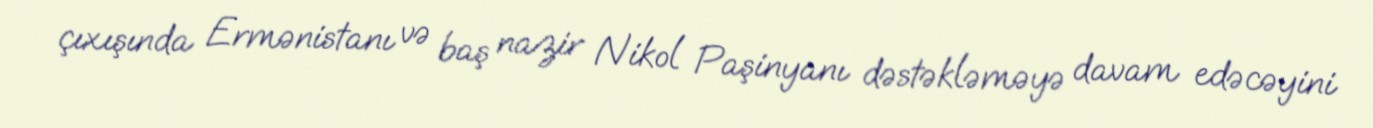
çıxışında Ermənistanı və baş nazir Nikol Paşinyanı dəstəkləməyə davam edəcəyini